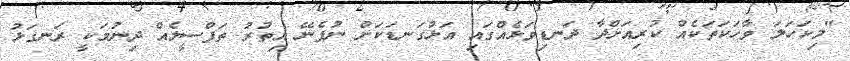
"މިކަހަލަ ވާހަކަތަކެއް ކުރިއަށްދާ ދަނޑިވަޅެއްގައި އަޅުގަނޑަކަށް ނުފެނޭ އިތުރު ތަފްސީލެއް ދިނުމަކީ ރަނގަޅު